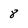
Character: 8